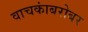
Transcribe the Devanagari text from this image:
वाचकांबरोबर